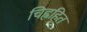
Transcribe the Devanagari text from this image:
चिह्नहित